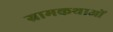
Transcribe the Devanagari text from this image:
ग्रामकथाओं